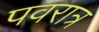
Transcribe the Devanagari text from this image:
पवरात्र